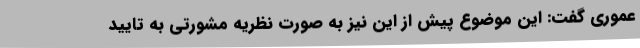
عموری گفت: این موضوع پیش از این نیز به صورت نظریه مشورتی به تایید